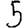
Digit: 5